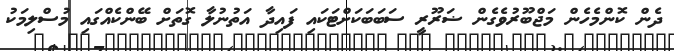
ދެން ކޮންމެހެން މަޖްބޫރުވެގެން ޟަރޫރީ ސަބަބަކަށްޓަކައި ފައިދާ އަތުނުލާ ގޮތަށް ބޭންކެއްގައި މުސްލިމަކު